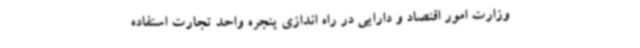
وزارت امور اقتصاد و دارایی در راه اندازی پنجره واحد تجارت استفاده